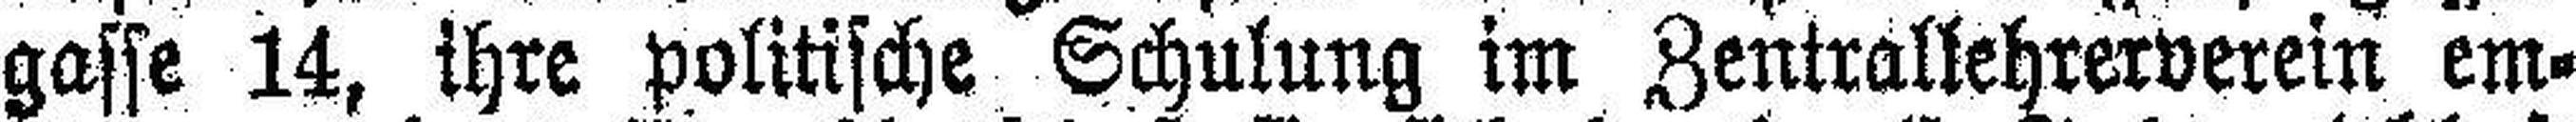
gasse 14, ihre politische Schulung im Zentrallehrerverein em¬